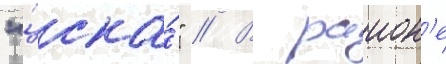
"цска́" // В раион'е